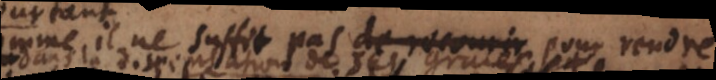
comme il ne suffit pas de recourir pour rendre